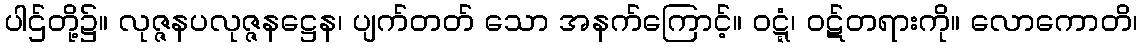
ပါဌ်တို့၌။ လုဇ္ဇနပလုဇ္ဇနဋ္ဌေန၊ ပျက်တတ် သော အနက်ကြောင့်။ ဝဋ္ဋံ၊ ဝဋ်တရားကို။ လောကောတိ၊